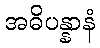
အဓိပန္နာနံ